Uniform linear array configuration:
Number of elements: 4
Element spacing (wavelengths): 1
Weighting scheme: blackman
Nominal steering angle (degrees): -45
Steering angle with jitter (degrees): -45.462
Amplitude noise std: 0.05
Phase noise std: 0.05

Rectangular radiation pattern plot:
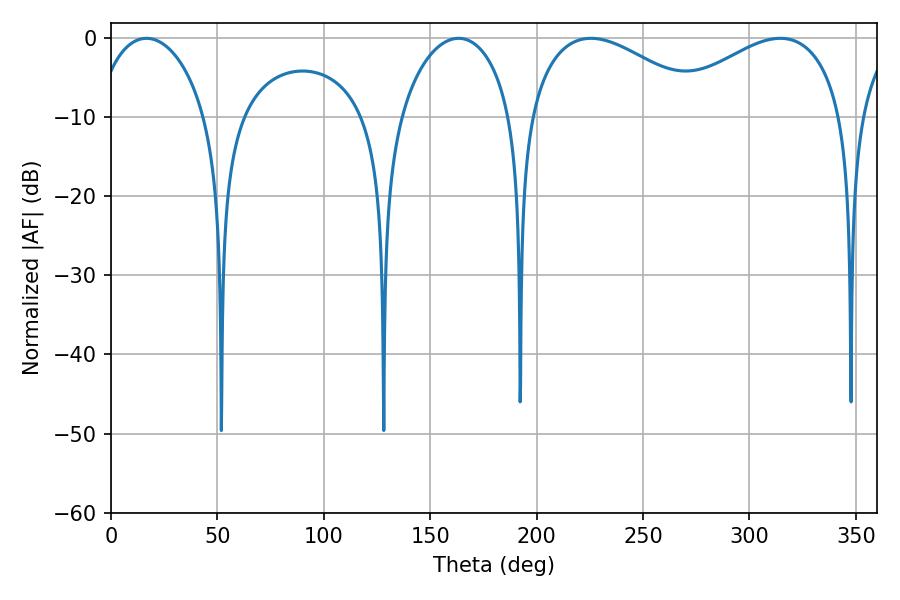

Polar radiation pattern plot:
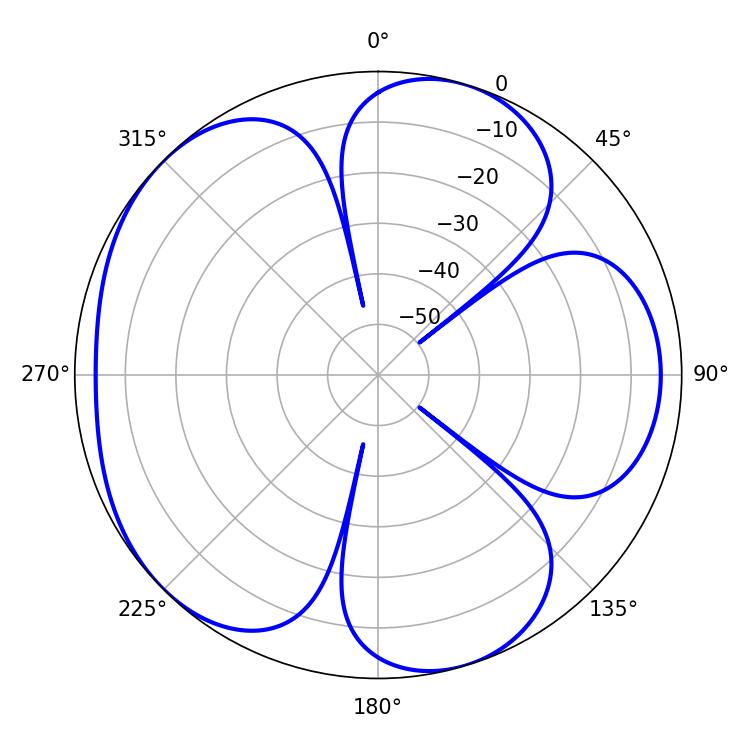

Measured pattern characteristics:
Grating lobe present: TRUE
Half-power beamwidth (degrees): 46.62
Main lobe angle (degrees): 225.54